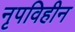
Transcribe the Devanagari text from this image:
नृपविहीन